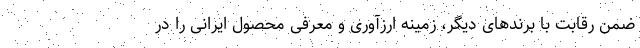
ضمن رقابت با برندهای دیگر، زمینه ارزآوری و معرفی محصول ایرانی را در